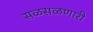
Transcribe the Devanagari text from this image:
सळसळणारी